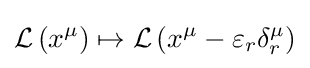
{\mathcal {L}}\left(x^{\mu }\right)\mapsto {\mathcal {L}}\left(x^{\mu }-\varepsilon _{r}\delta _{r}^{\mu }\right)